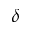
\delta